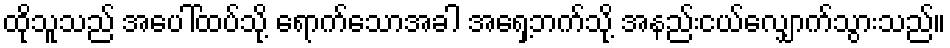
ထိုသူသည် အပေါ်ထပ်သို့ ရောက်သောအခါ အရှေ့ဘက်သို့ အနည်းငယ်လျှောက်သွားသည်။